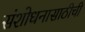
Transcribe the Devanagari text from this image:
संशोधनासाठीची